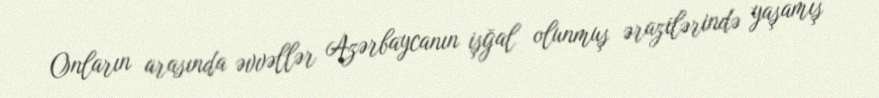
Onların arasında əvvəllər Azərbaycanın işğal olunmuş ərazilərində yaşamış